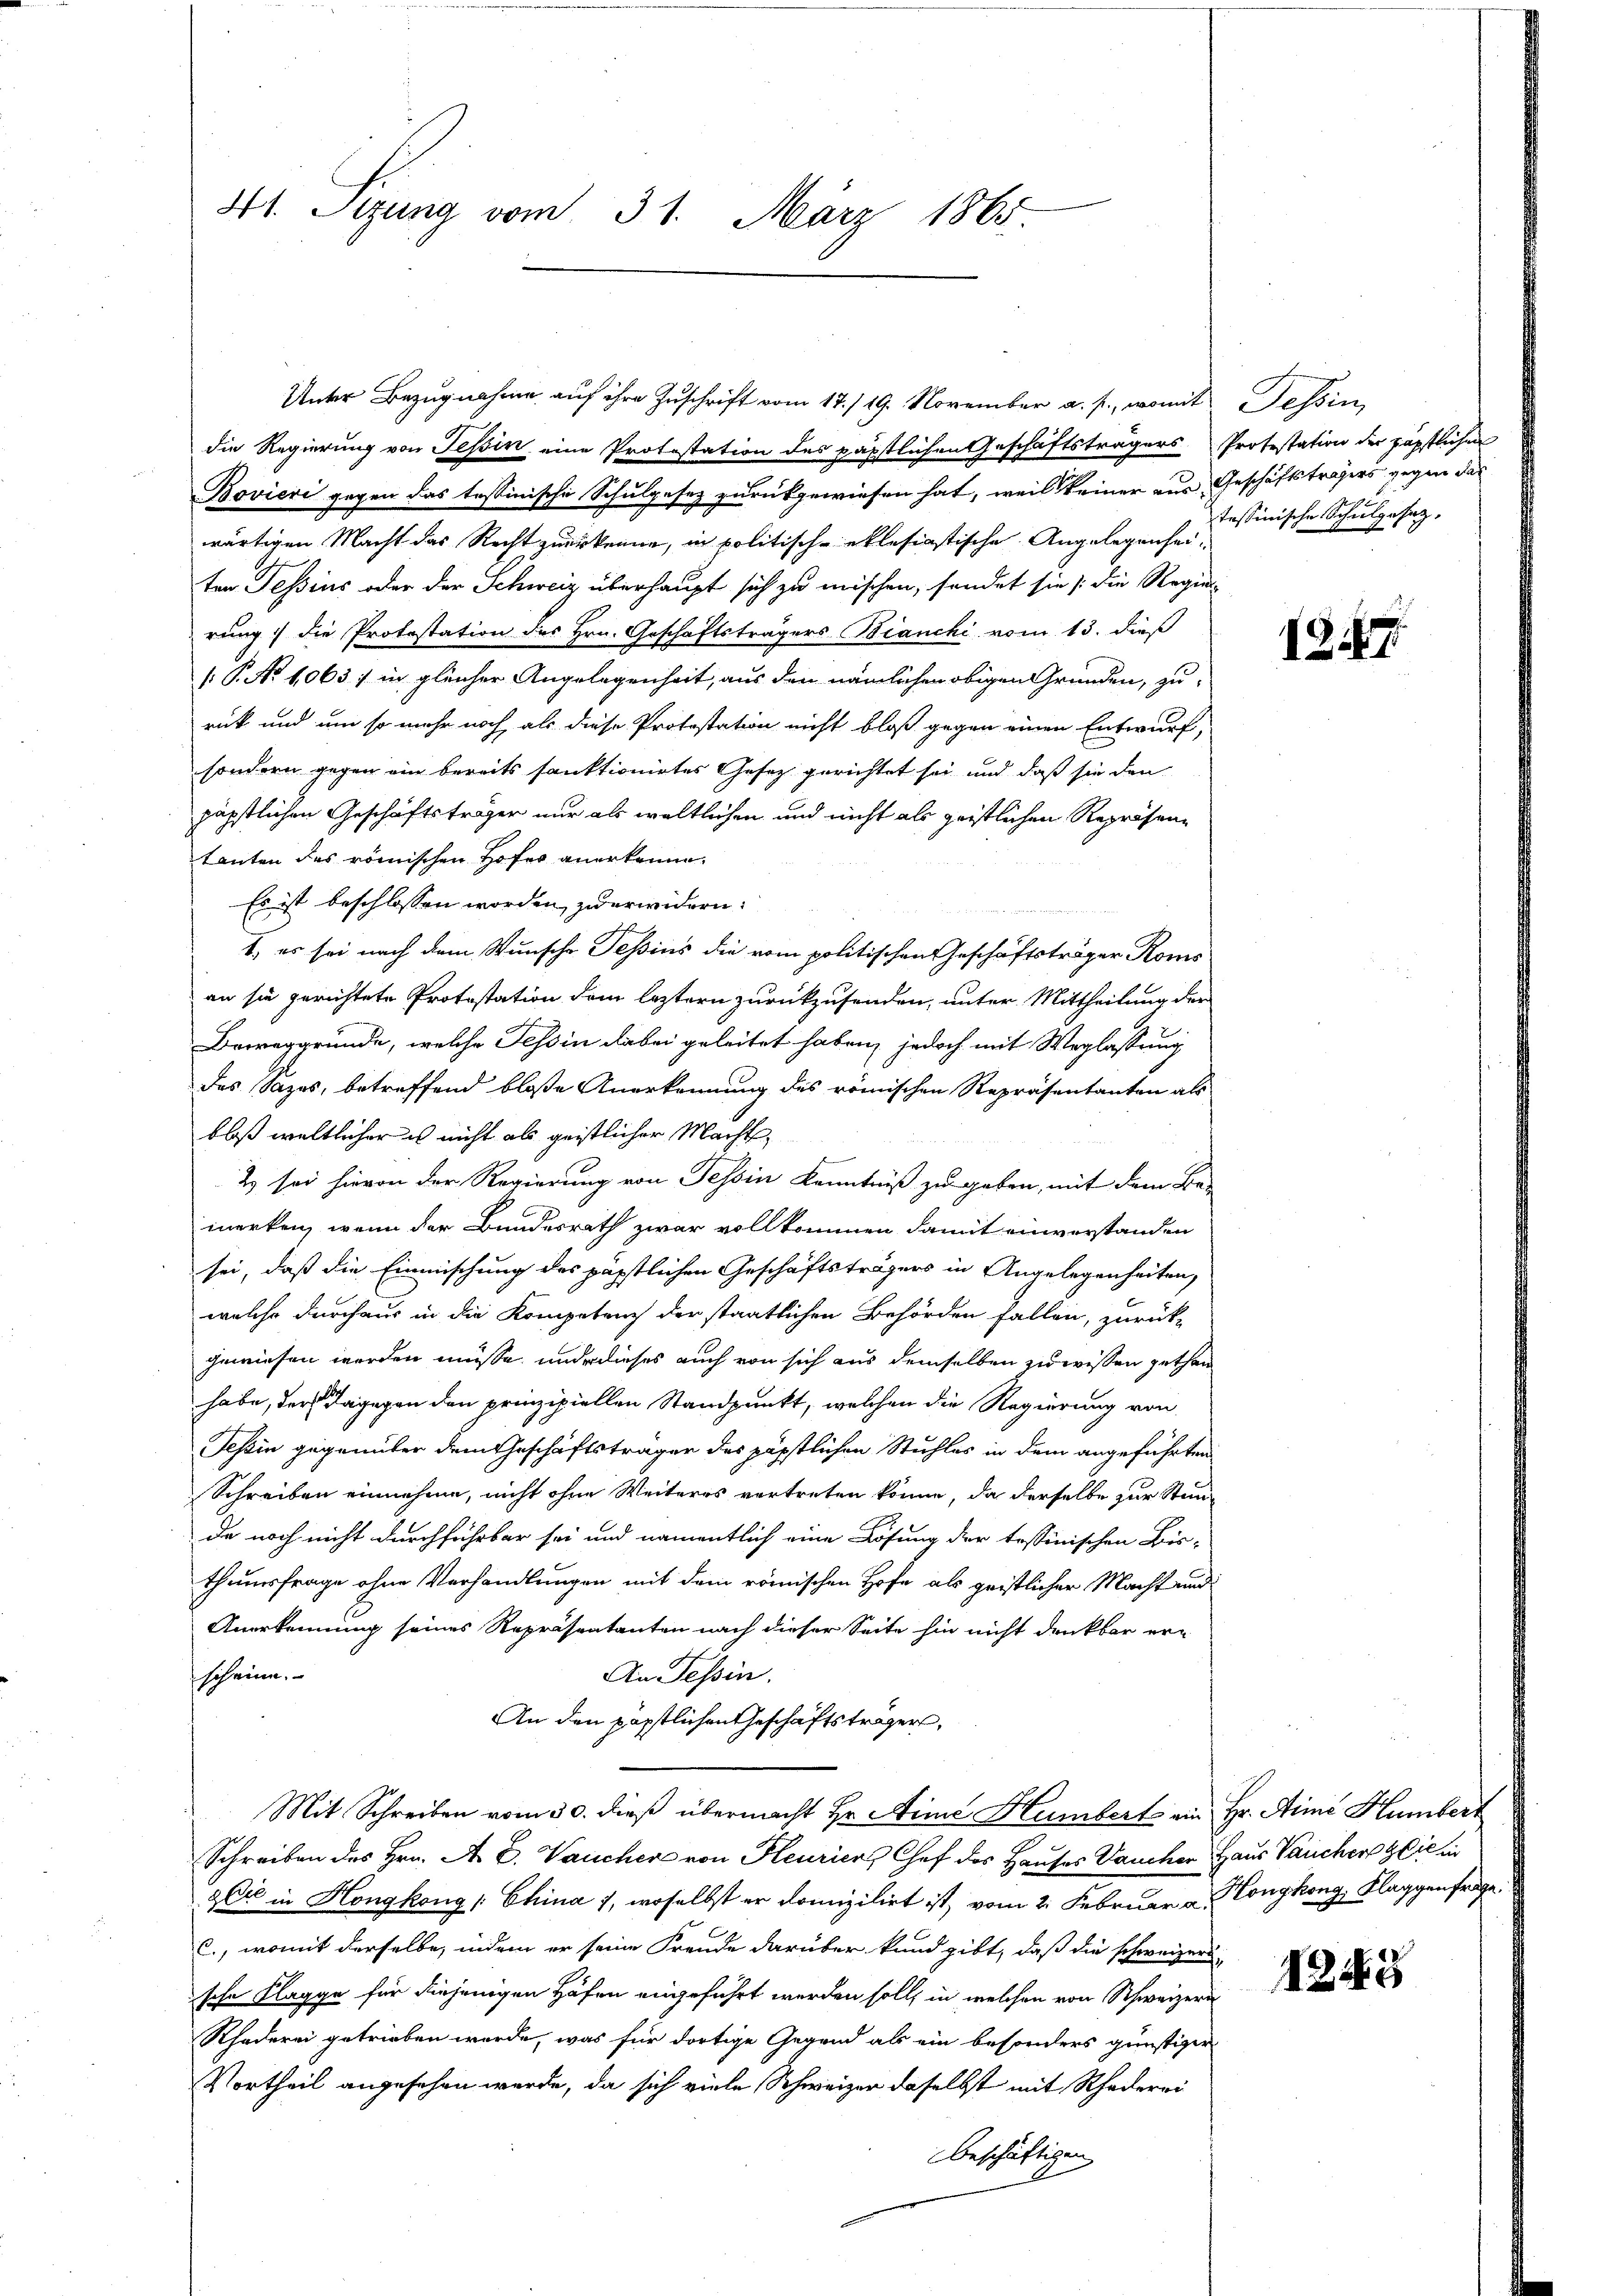
41. Sizung vom 31. März 1865

die Regierung von Tessin eine Protestation des päpstlichen Geschäftsträgers
Bovieri gegen das tessinische Schulgesez zurückgewiesen hat, weil keiner aus Geschäftsträgers gegen das
wärtigen Macht das Recht zuerkenne, in politisch-etlesiastische Angelegenheiten Tessins oder der Schweiz überhaupt sich zu mischen, sondet sie die Regie-
rung die Protestation des Hrn. Geschäftsträgers Bianchi vom 13. dieß
[.P. No 1063 : in gleicher Angelegenheit, aus den nämlichen obigen Gründen, zu
rück und um so mehr noch, als diese Protestation nicht bloß gegen einen Entwurf,
sondern gegen ein bereits sanktionirtes Gesetz gerichtet sei und daß sie den
päpstlichen Geschäftsträger nur als weltlichen und nicht als geistlichen Repräsen-
tanten des römischen Hofer anerkenne.
Es ist beschlossen worden, zu erwidern:
1. es sei nach dem Wunsche Tessins die vom politischen Geschäftsträger Roms
an sie gerichtete Protestation dem leztern zurückzusenden, unter Mittheilung der
Beweggründe, welche Tessin dabei geleitet haben, jedoch mit Weglassung
das Sazes, betreffend bloße Anerkennung des römischen Repräsentanten als
bloß weltlicher es nicht als geistlicher Macht,
2 sei hievon der Regierung von Tessin Kenntniß zu geben, mit dem Be-
merken, wenn der Bundesrath zwar vollkommen damit einverstanden
sei, daß die Einmischung des päpstlichen Geschäftsträgers in Angelegenheiten,
welche durchaus in die Kompetenz der staatlichen Behörden fallen, zurück-
gewiesen werden müsse, und dieses auch von sich aus demselben zu wissen gethan
habe, der dagegen den prinzipiellen Standpunkt, welchen die Regierung von
Teßin gegenüber dem Geschäftsträger des päpstlichen Stuhles in dem angeführten
Schreiben einnehme, nicht ohne Weiteres vortreten könne, da derselbe zur Stande noch nicht durchführbar sei und namentlich eine Lösung der tessinischen Bis-
theusfrage ohne Verhandlungen mit dem römischen Hofe als geistlicher Macht und
Anerkennung seines Repräsentanten nach dieser Seite hin nicht denkbar er-
An Tessin.
scheine.
An den päpstlichen Geschäftsträger,
Mit Schreiben vom 30. dieß übermacht Hr. Aine Humbert ein Hr. Aimé Humbert
Schreiben des Hrn. A. E. Vaucher von Heurier, Chef des Hauses Dancher Haus Vaucher die in
& Cie in Hongkong / China 1, woselbst er domizilirt ist, vom 2. Februar u. Konykong, Klaggenfrage
c., womit derselbe, indem er seine Freude darüber kund gibt, daß die schweizeri-
sche Klagge für diejenigen Höfen eingeführt werden soll, in welchen von Schweizern
Rhoderei getrieben werde, was für dortige Gegend als ein besonders günstiger
Vortheil angesehen werde, da sich viele Schweizer daselbst mit Schaderei
beschäftigen

Unter Bezugnahme auf ihre Zuschrift vom 17./19. November a. p., womit Tessin,

Protestation der päpstlichen
tessinische Schulgesez

18

.

1248